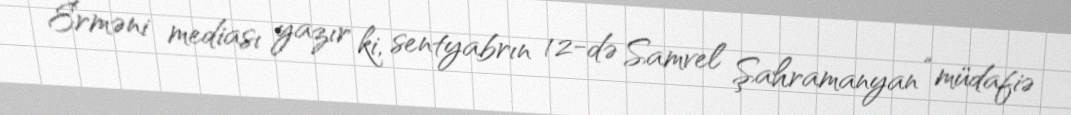
Erməni mediası yazır ki, sentyabrın 12-də Samvel Şahramanyan “müdafiə